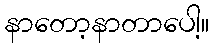
နာတော့နာတာပေါ့။